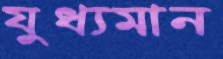
যুধ্যমান